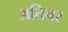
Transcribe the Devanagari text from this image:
अतिचर